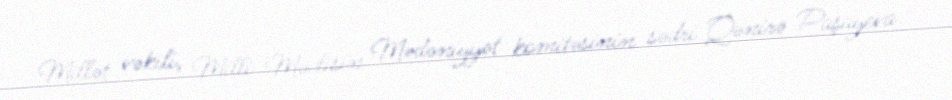
Millət vəkili, Milli Məclisin Mədəniyyət komitəsinin sədri Qənirə Paşayeva